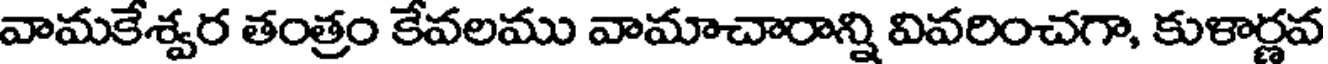
వామకేశ్వర తంత్రం కేవలము వామాచారాన్ని వివరించగా, కుళార్ణవ